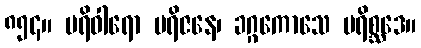
၈၅၄။ ပရိဝါရော ပရိဇနေ၊ ခဂ္ဂကောသေ ပရိစ္ဆဒေ။